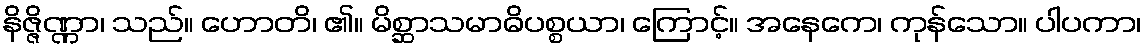
နိဇ္ဇိဏ္ဏာ၊ သည်။ ဟောတိ၊ ၏။ မိစ္ဆာသမာဓိပစ္စယာ၊ ကြောင့်။ အနေကေ၊ ကုန်သော။ ပါပကာ၊